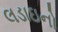
લડાઇનો